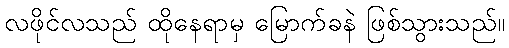
လဖိုင်လသည် ထိုနေရာမှ မြောက်ခနဲ ဖြစ်သွားသည်။